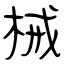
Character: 械